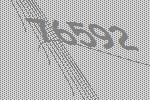
76592